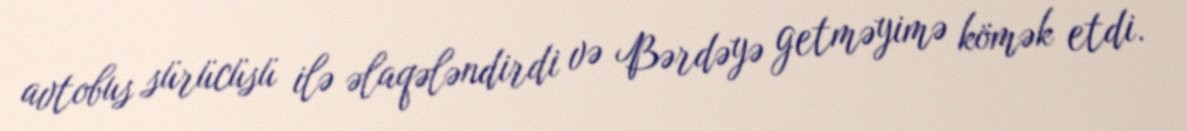
avtobus sürücüsü ilə əlaqələndirdi və Bərdəyə getməyimə kömək etdi.